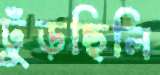
ঢুঁড়ছিলি